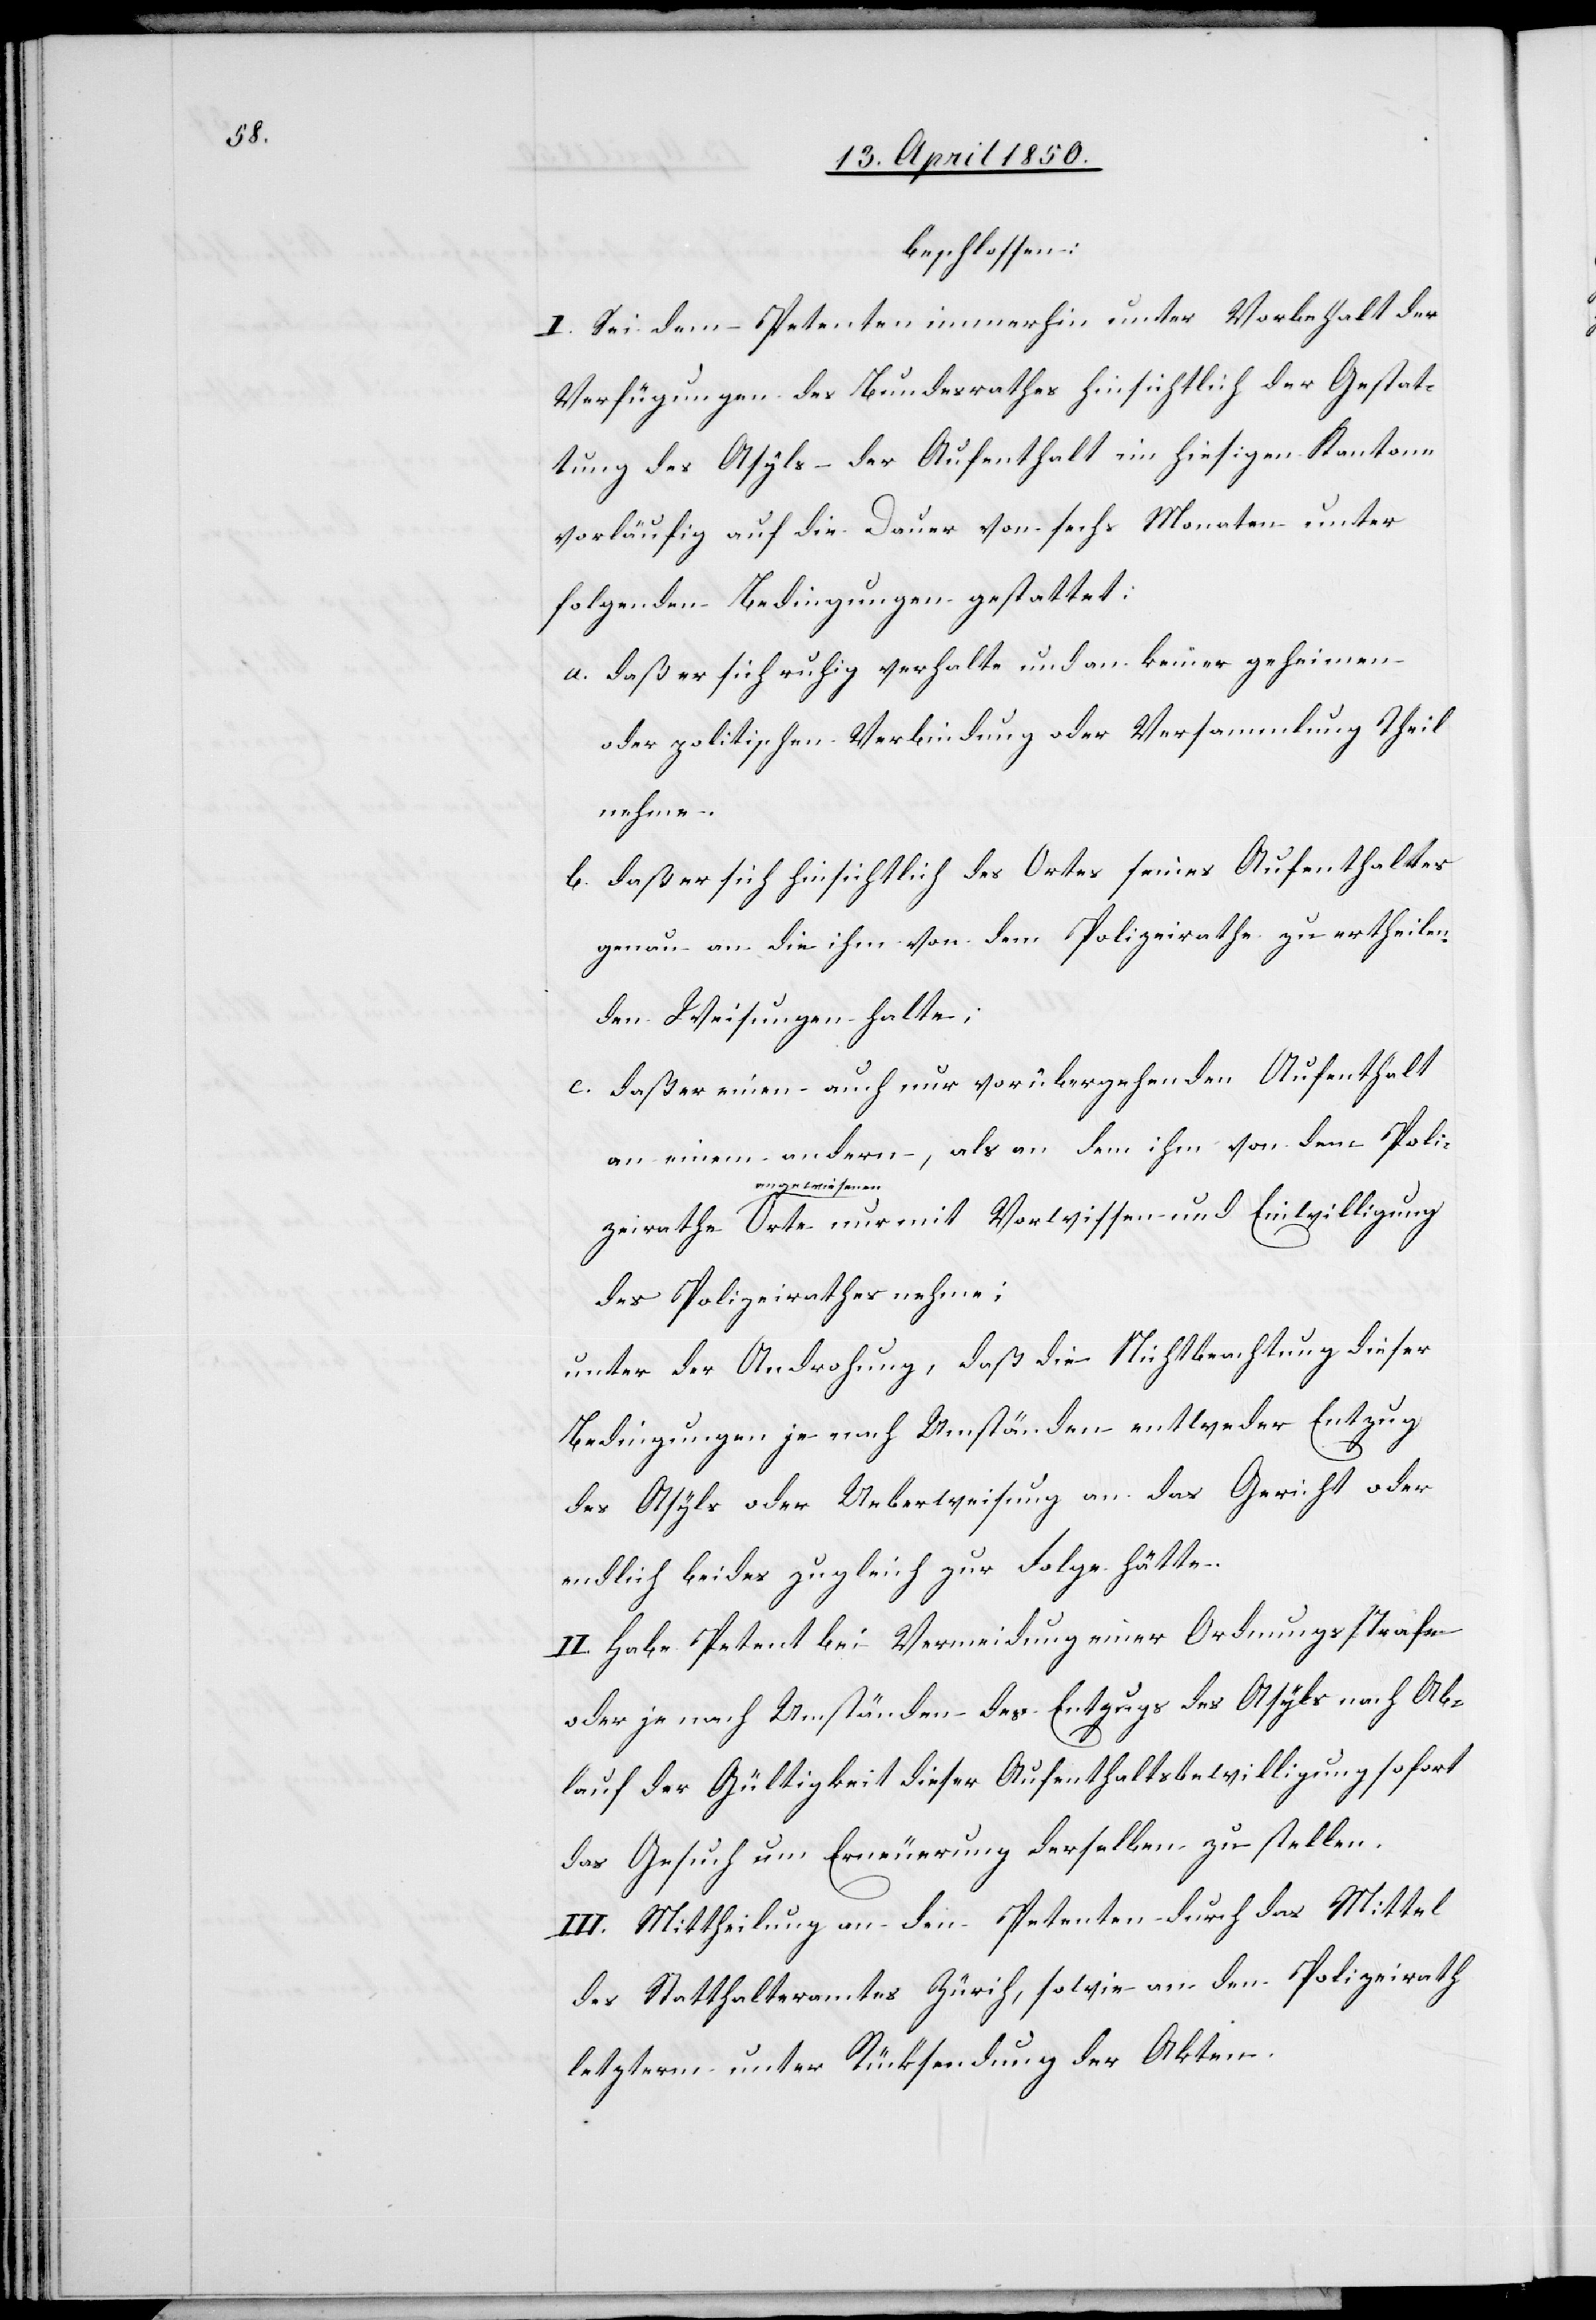
beschlossen:
I. Sei dem Petenten immerhin unter Vorbehalt der
Verfügungen des Bundesrathes hinsichtlich der Gestat¬
tung des Asyls der Aufenthalt im hiesigen Kantone
vorläufig auf die Dauer von sechs Monaten unter
folgenden Bedingungen gestattet:
a. daß er sich ruhig verhalte und an keiner geheimen
oder politischen Verbindung oder Versammlung Theil
nehme.
b. daß er sich hinsichtlich des Ortes seines Aufenthaltes
genau an die ihm von dem Polizeirathe zu ertheilen¬
den Weisungen halte;
c. daß er einen auch nur vorübergehenden Aufenthalt
an einem andern, als an dem ihm von dem Poli¬
Vorwissen und
des Polizeirathes nehme;
unter der Androhung, daß die Nichtbeachtung dieser
Bedingungen je nach Umständen entweder Entzug
des Asyls oder Ueberweisung an das Gericht oder
endlich beides zugleich zur Folge hätte.
II. Habe Petent bei Vermeidung einer Ordnungsstrafe
oder je nach Umständen des Entzugs des Asyls nach Ab¬
lauf der Gültigkeit dieser Aufenthaltsbewilligung sofort
das Gesuch um Erneuerung derselben zu stellen.
III. Mittheilung an den Petenten durch das Mittel
des Statthalteramtes Zürich, sowie an den Polizeirath
letzterm unter Rücksendung der Akten.